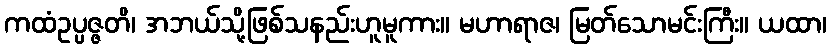
ကထံဥပ္ပဇ္ဇတိ၊ အဘယ်သို့ဖြစ်သနည်းဟူမူကား။ မဟာရာဇ၊ မြတ်သောမင်းကြီး။ ယထာ၊